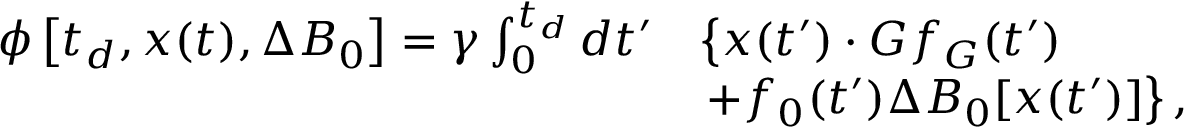
\begin{array} { r l } { \phi \left[ t _ { d } , \boldsymbol { x } ( t ) , \Delta B _ { 0 } \right] = \gamma \int _ { 0 } ^ { t _ { d } } d t ^ { \prime } } & { \left\{ \boldsymbol { x } ( t ^ { \prime } ) \cdot \boldsymbol { G } f _ { G } ( t ^ { \prime } ) \right. } \\ & { \left. + f _ { 0 } ( t ^ { \prime } ) \Delta B _ { 0 } [ \boldsymbol { x } ( t ^ { \prime } ) ] \right\} , } \end{array}